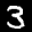
Label: 3